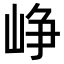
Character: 峥